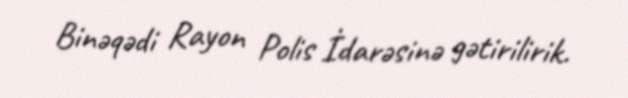
Binəqədi Rayon Polis İdarəsinə gətirilirik.